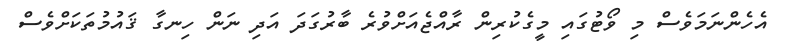
އެހެންނަމަވެސް މި ވޯޓުގައި މީގެކުރިން ރާއްޖެއަށްވުރެ ބާރުގަދަ އަދި ނަން ހިނގާ ޤައުމުތަކަށްވެސް